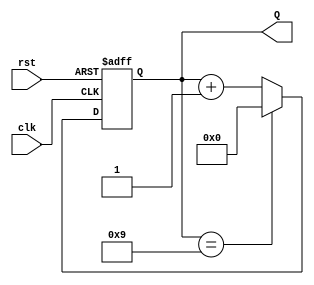
module decade_counter (
    input wire clk,      // Clock input
    input wire rst,      // Asynchronous reset input
    output reg [3:0] Q   // 4-bit output for the count
);

    // Always block triggered on the rising edge of the clock or the reset signal
    always @(posedge clk or posedge rst) begin
        if (rst) begin
            // Asynchronous reset
            Q <= 4'b0000; // Reset count to 0
        end else begin
            // Increment the counter
            if (Q == 4'b1001) begin
                Q <= 4'b0000; // Wrap around to 0 if count exceeds 9
            end else begin
                Q <= Q + 1; // Increment the count
            end
        end
    end

endmodule